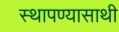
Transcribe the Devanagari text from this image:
स्थापण्यासाथी